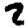
Digit: 2